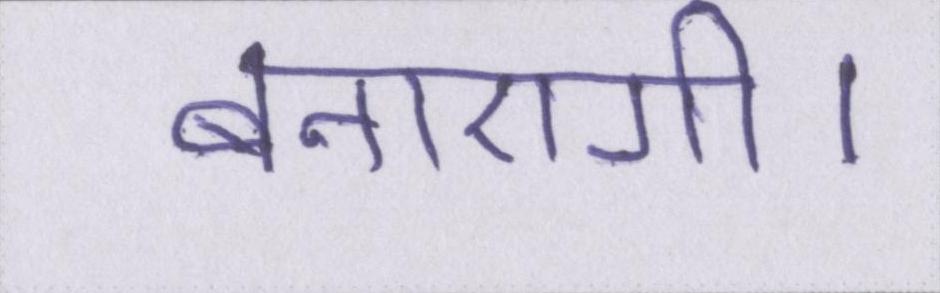
बनाएगी।